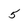
Character: 5